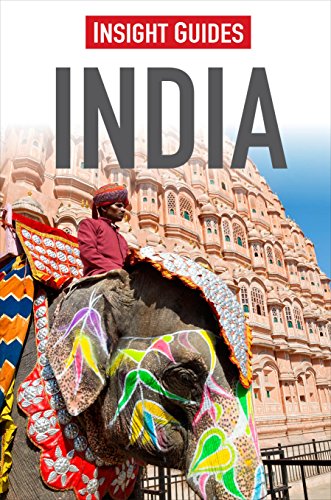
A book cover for India (Insight Guides); David Abram; Travel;